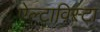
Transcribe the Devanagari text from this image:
ऐल्टाविस्टा